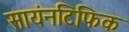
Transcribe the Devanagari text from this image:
सायंनटिफिक